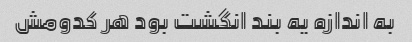
به اندازه یه بند انگشت بود هر کدومش